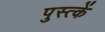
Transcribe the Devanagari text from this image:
पुस्त्कें